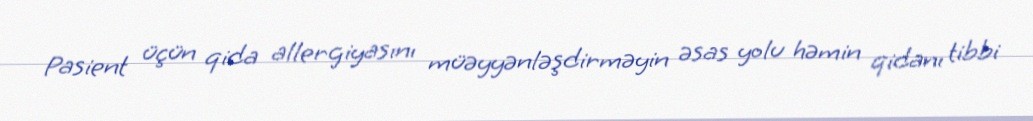
Pasient üçün qida allergiyasını müəyyənləşdirməyin əsas yolu həmin qidanı tibbi